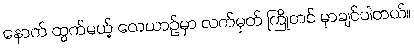
နောက် ထွက်မယ့် လေယာဉ်မှာ လက်မှတ် ကြိုတင် မှာချင်ပါတယ်။